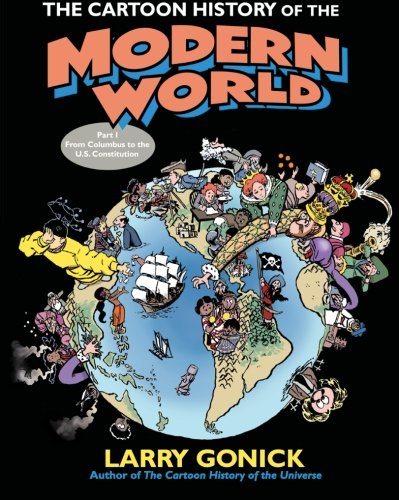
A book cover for The Cartoon History of the Modern World Part 1: From Columbus to the U.S. Constitution (Pt. 1); Larry Gonick; Comics & Graphic Novels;